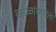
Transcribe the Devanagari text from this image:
काळांकरिता